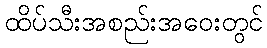
ထိပ်သီးအစည်းအဝေးတွင်